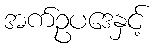
အက်ဥပဒေနှင့်